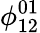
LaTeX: \phi_{12}^{01}